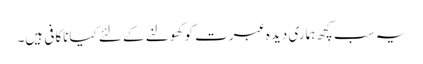
یہ سب کچھ ہماری دیدہ عبرت کو کھولنے کے لئے کیاناکافی ہیں۔